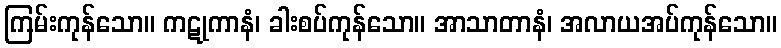
ကြမ်းကုန်သော။ ကဋုကာနံ၊ ခါးစပ်ကုန်သော။ အာသာတာနံ၊ အလာယအပ်ကုန်သော။